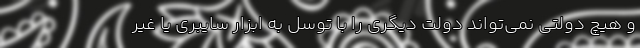
و هیچ دولتی نمی‌تواند دولت دیگری را با توسل به ابزار سایبری یا غیر